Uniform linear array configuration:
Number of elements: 12
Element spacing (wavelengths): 1
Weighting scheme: hann
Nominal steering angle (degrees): -30
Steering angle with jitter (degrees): -28.323
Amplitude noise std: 0.05
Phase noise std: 0.05

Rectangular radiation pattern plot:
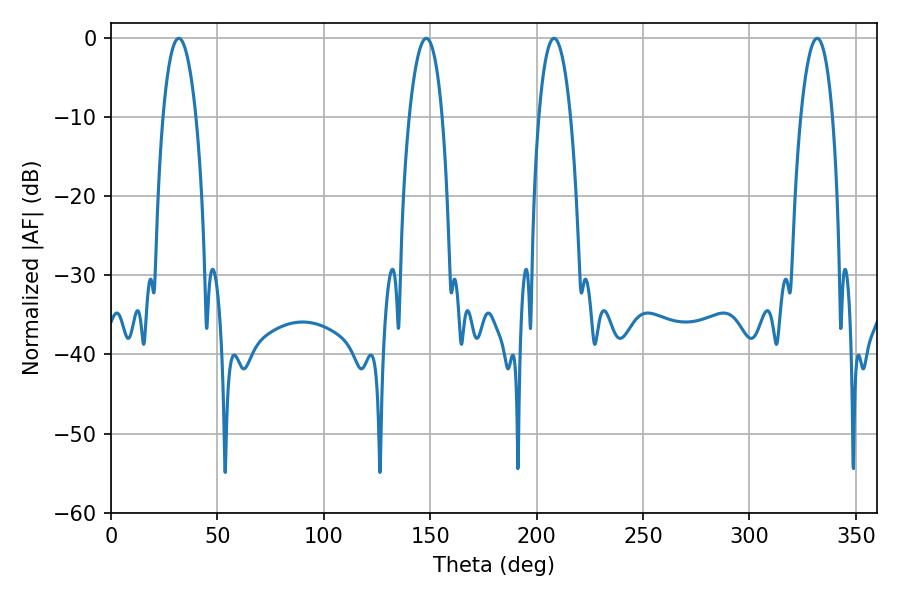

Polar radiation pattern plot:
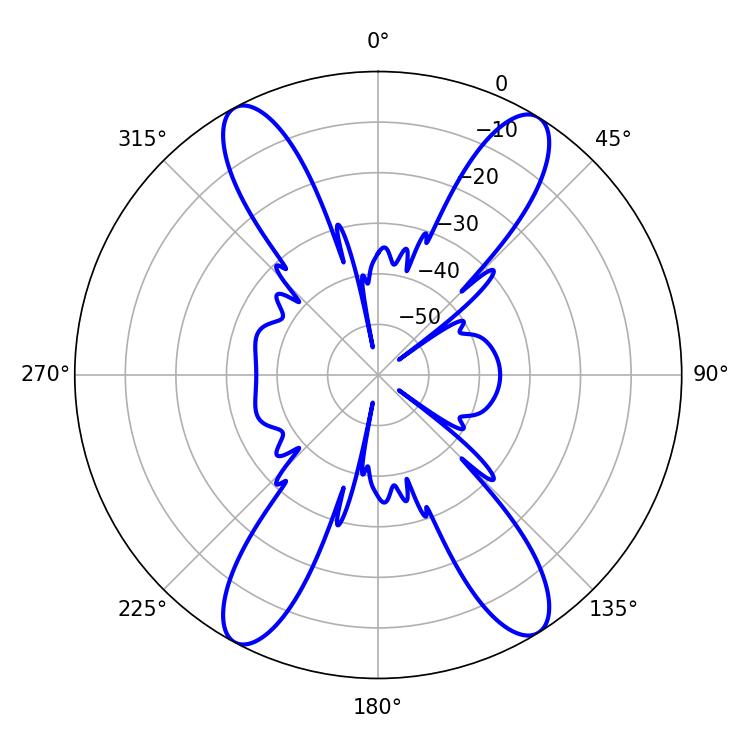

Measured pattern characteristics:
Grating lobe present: TRUE
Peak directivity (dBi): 19.333
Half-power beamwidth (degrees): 8.82
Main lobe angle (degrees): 31.86